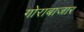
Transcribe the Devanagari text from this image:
गोराबाजार